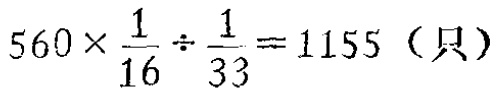
\(560\times\frac{1}{16}\div\frac{1}{33}=1155（只）\)